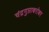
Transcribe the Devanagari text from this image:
चंद्रगुप्ताबरोबर